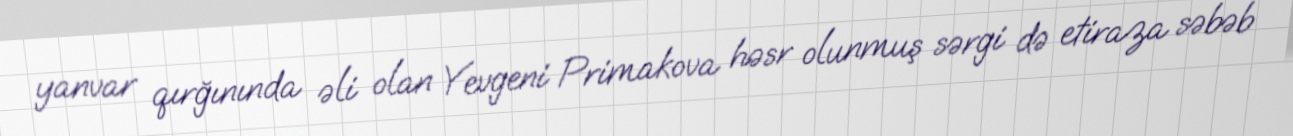
yanvar qırğınında əli olan Yevgeni Primakova həsr olunmuş sərgi də etiraza səbəb